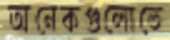
অনেকগুলোতে